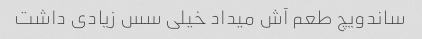
ساندویچ طعم آش میداد خیلی سس زیادی داشت